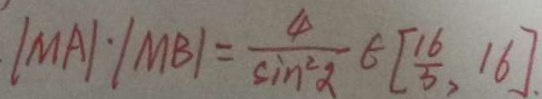
\vert M A \vert \cdot \vert M B \vert = \frac { 4 } { \sin ^ { 2 } \alpha } \in [ \frac { 1 6 } { 3 } , 1 6 ] .